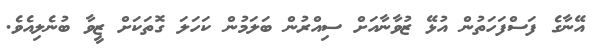
އޭނާގެ ފަސްފަހަތުން އުޅޭ ޒުވާނާއަށް ސިއްރުން ބަލަމުން ކަހަލަ ގޮތަކަށް ޒީވާ ބުނެލިއެވެ.